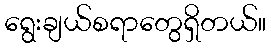
ရွေးချယ်စရာတွေရှိတယ်။